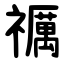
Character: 禲